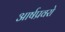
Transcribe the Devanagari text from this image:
आर्षप्रवरो